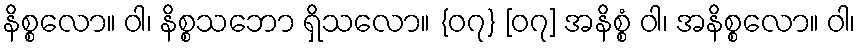
နိစ္စလော။ ဝါ၊ နိစ္စသဘော ရှိသလော။ {၀၇} [၀၇] အနိစ္စံ ဝါ၊ အနိစ္စလော။ ဝါ၊